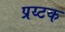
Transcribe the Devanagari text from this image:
प्रय्टक